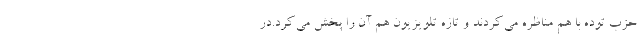
حزب توده با هم مناظره می‌کردند و تازه تلویزیون هم آن را پخش می‌کرد.در